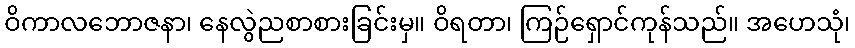
ဝိကာလဘောဇနာ၊ နေလွဲညစာစားခြင်းမှ။ ဝိရတာ၊ ကြဉ်ရှောင်ကုန်သည်။ အဟေသုံ၊